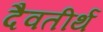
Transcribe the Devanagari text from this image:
दैवतीर्थ